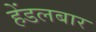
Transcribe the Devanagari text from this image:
हेंडलबार